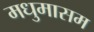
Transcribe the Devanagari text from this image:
मधुमासम